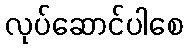
လုပ်ဆောင်ပါစေ